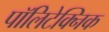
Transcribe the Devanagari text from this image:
पॉलिटेक्‍निक